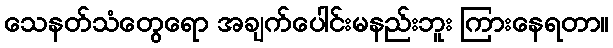
သေနတ်သံတွေရော အချက်ပေါင်းမနည်းဘူး ကြားနေရတာ။